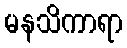
မနသိကာရာ